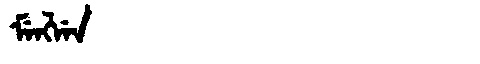
Manchu: ᠮᡝᠩᠯᡝᠨ
Romanization: MENGLEN